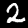
Digit: 2